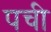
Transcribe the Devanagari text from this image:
पची